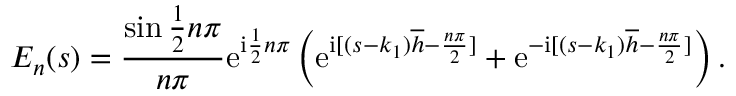
E _ { n } ( s ) = \frac { \sin \frac { 1 } { 2 } n \pi } { n \pi } \mathrm { e } ^ { \mathrm { i } \frac { 1 } { 2 } n \pi } \left( \mathrm { e } ^ { \mathrm { i } [ ( s - k _ { 1 } ) \overline { { h } } - \frac { n \pi } { 2 } ] } + \mathrm { e } ^ { - \mathrm { i } [ ( s - k _ { 1 } ) \overline { { h } } - \frac { n \pi } { 2 } ] } \right) .